Annual administration report of the Civil Veterinary Department of India - 1898-1899
Year: 1898
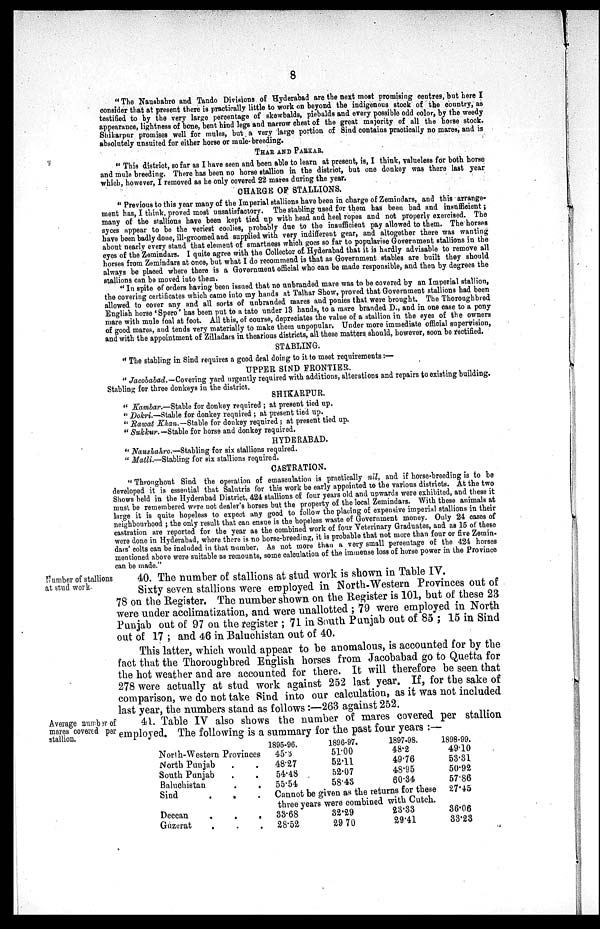
8
"The Nausbahro and Tando Divisions of Hyderabad are the next most promising centres, but here I
consider that at present there is practically little to work on beyond the indigenous stock of the country, as
testified to by the very large percentage of skewbalds, piebalds and every possible odd color, by the weedy
appearance, lightness of bone, bent hind legs and narrow chest of the great majority of all the horse stock.
Shikarpur promises well for mules, but a very large portion of Sind contains practically no mares, and is
absolutely unsuited for either horse or mule-breeding.
THAR AND PARKAR.
"This district, so far as I have seen and been able to learn at present, is, I think, valueless for both horse
and mule breeding. There has been no horse stallion in the district, but one donkey was there last year
which, however, I removed as he only covered 22 mares during the year.
CHARGE OF STALLIONS.
"Previous to this year many of the Imperial stallions have been in charge of Zemindars, and this arrange-
ment has, I think, proved most unsatisfactory. The stabling used for them has been bad and insufficient;
many of the stallions have been kept tied up with head and heel ropes and not properly exercised. The
syces appear to be the veriest coolies, probably due to the insufficient pay allowed to them. The horses
have been badly done, ill-groomed and supplied with very indifferent gear, and altogether there was wanting
about nearly every stand that element of smartness which goes so far to popularise Government stallions in the
eyes of the Zemindars. I quite agree with the Collector of Hyderabad that it is hardly advisable to remove all
horses from Zemindars at once, but what I do recommend is that as Government stables are built they should
always be placed where there is a Government official who can be made responsible, and then by degrees the
stallions can be moved into them.
"In spite of orders having been issued that no unbranded mare was to be covered by an Imperial stallion,
the covering certificates which came into my hands at Talhar Show, proved that Government stallions had been
allowed to cover any and all sorts of unbranded mares and ponies that were brought. The Thoroughbred
English horse 'Spero' has been put to a tato under 13 hands, to a mare branded D., and in one case to a pony
mare with mule foal at foot. All this, of course, depreciates the value of a stallion in the eyes of the owners
of good mares, and tends very materially to make them unpopular. Under more immediate official supervision,
and with the appointment of Zilladars in thearious districts, all these matters should, however, soon be rectified.
STABLING.
"The stabling in Sind requires a good deal doing to it to meet requirements:—
UPPER SIND FRONTIER.
"Jacobabad.—Covering yard urgently required with additions, alterations and repairs to existing building.
Stabling for three donkeys in the district.
SHIKARPUR.
"Kambar.—Stable for donkey required; at present tied up.
"Dokri.—Stable for donkey required; at present tied up.
"Rawat Khan.-Stable for donkey required; at present tied up.
"Sukkur.—Stable for horse and donkey required.
HYDERABAD.
"Naushahro.—Stabling for six stallions required.
"Matli.—Stabling for six stallions required.
CASTRATION.
"Throughout Sind the operation of emasculation is practically nil, and if horse-breeding is to be
developed it is essential that Salutris for this work be early appointed to the various districts. At the two
Shows held in the Hyderabad District, 424 stallions of four years old and upwards were exhibited, and these it
must be remembered were not dealer's horses but the property of the local Zemindars. With these animals at
large it is quite hopeless to expect any good to follow the placing of expensive imperial stallions in their
neighbourhood; the only result that can ensue is the hopeless waste of Government money. Only 24 cases of
castration are reported for the year as the combined work of four Veterinary Graduates, and as 15 of these
were done in Hyderabad, where there is no horse-breeding, it is probable that not more than four or five Zemin-
dars' colts can be included in that number. As not more than a very small percentage of the 424 horses
mentioned above were suitable as remounts, some calculation of the immense loss of horse power in the Province
can be made."
Number of stallions
at stud work.
40. The number of stallions at stud work is shown in Table IV.
Sixty seven stallions were employed in North-Western Provinces out of
78 on the Register. The number shown on the Register is 101, but of these 23
were under acclimatization, and were unallotted; 79 were employed in North
Punjab out of 97 on the register; 71 in South Punjab out of 85; 15 in Sind
out of 17; and 46 in Baluchistan out of 40.
This latter, which would appear to be anomalous, is accounted for by the
fact that the Thoroughbred English horses from Jacobabad go to Quetta for
the hot weather and are accounted for there. It will therefore be seen that
278 were actually at stud work against 252 last year. If, for the sake of
comparison, we do not take Sind into our calculation, as it was not included
last year, the numbers stand as follows:—263 against 252.
Average number of
mares covered per
stallion.
41. Table IV also shows the number of mares covered per stallion
employed. The following is a summary for the past four years:—
North-Western Provinces
North Punjab . .
South Punjab ..
Baluchistan . .
Sind . . .
Deccan . ..
Guzerat . . .
1895-96.
45.3
48.27
54.48
55.54
1896-97.
51.00
52.11
52.07
58.43
1897-98.
48.2
49.76
48.95
60.34
Cannot be given as the returns for these
three years were combined with Cutch.
33.68
28.52
32.29
29 70
23.33
29.41
1898-99.
49.10
53.31
50.92
57.86
27.45
36.06
33.23